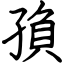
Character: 𡥼